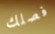
فصلك